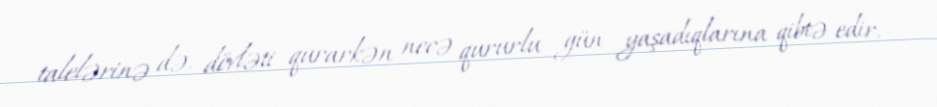
talelərinə də, dövləti qurarkən necə qururlu gün yaşadıqlarına qibtə edir.